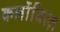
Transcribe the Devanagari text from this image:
कर्लोवित्ज़